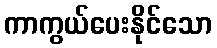
ကာကွယ်ပေးနိုင်သော